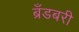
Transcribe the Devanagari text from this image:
ब्रँडबरी